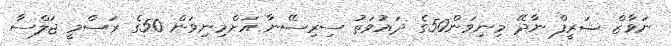
ނަވާޒް ޝަރީފް ނާދޭ މިނިވަން50ގެ ދައުވަތު ސިރިސޭނާ އަށްމިނިވަން 50ގެ ރަސްމީ ޖަލްސާ